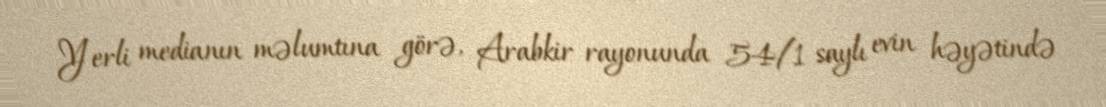
Yerli medianın məlumtına görə, Arabkir rayonunda 54/1 saylı evin həyətində